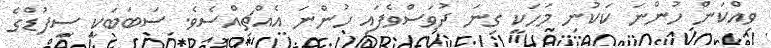
ވިއްކަން ހުންނަ ކަކުނި މަހަކީ ގިނަ ދުވަސްވެފައި ހުންނަ އެއްޗިއްސެވެ. ސަބަބަކީ ސީފުޑްގެ